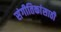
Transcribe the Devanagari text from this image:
संगीतिकांसाठी